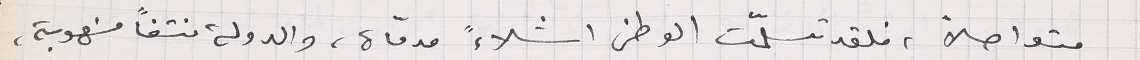
متواصلاً، فلقد تسلّمت الوطن اشلاءً مدمّاة، والدولة نتفاً منهوبة،